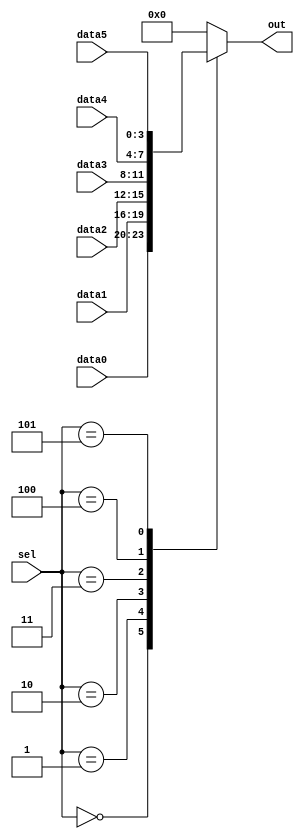
/*Case statements are more convenient than if statements if there are a large number of cases.
 So, in this exercise, create a 6-to-1 multiplexer. When sel is between 0 and 5, choose 
 the corresponding data input. Otherwise, output 0. The data inputs and outputs are all 4 bits wide.

Be careful of inferring latches (See.always_if2)*/
module top_module ( 
    input [2:0] sel, 
    input [3:0] data0,
    input [3:0] data1,
    input [3:0] data2,
    input [3:0] data3,
    input [3:0] data4,
    input [3:0] data5,
    output reg [3:0] out   );//

    always@(sel[0],sel[1],sel[2])
        begin  // This is a combinational circuit
        case(sel)
                3'b000:out[3:0]=data0[3:0];
                3'b001:out[3:0]=data1[3:0];
                3'b010:out[3:0]=data2[3:0];
                3'b011:out[3:0]=data3[3:0];
                3'b100:out[3:0]=data4[3:0];
                3'b101:out[3:0]=data5[3:0];
            default:out[3:0]=4'b0000;
                endcase
    end

endmodule